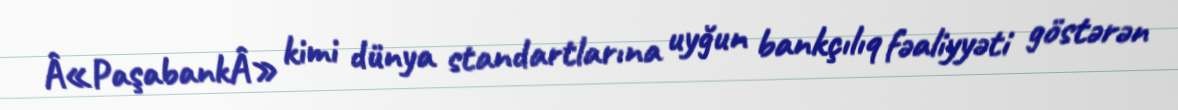
Â«PaşabankÂ» kimi dünya standartlarına uyğun bankçılıq fəaliyyəti göstərən